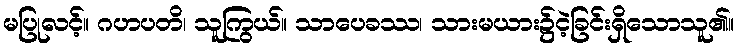
မပြုလင့်။ ဂဟပတိ၊ သူကြွယ်။ သာပေခဿ၊ သားမယား၌ငဲ့ခြင်းရှိသောသူ၏။